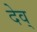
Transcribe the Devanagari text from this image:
देव्